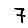
Digit: 7